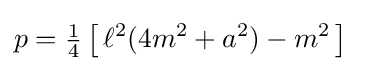
p={\tfrac {1}{4}}\left[\,\ell ^{2}(4m^{2}+a^{2})-m^{2}\,\right]\;